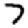
Digit: 7